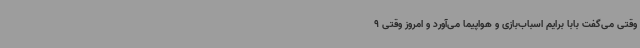
وقتی می‌گفت بابا برایم اسباب‌بازی و هواپیما می‌آورد و امروز وقتی 9